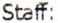
STAFF: